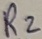
Text: R2